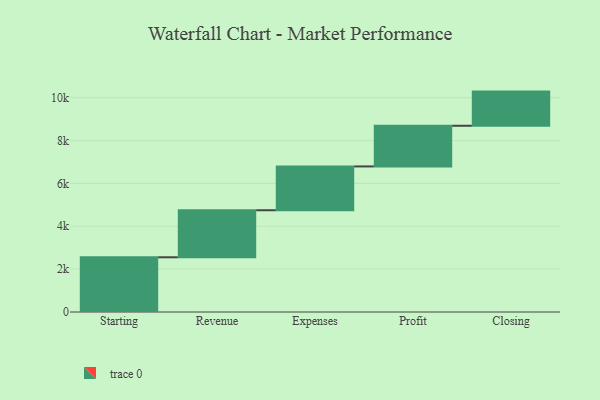
{"axis": {"x": "Step", "y": "Value"}, "legend": [""], "data": [{"x": "Starting", "y": 2553.0, "type": ""}, {"x": "Revenue", "y": 2195.0, "type": ""}, {"x": "Expenses", "y": 2045.0, "type": ""}, {"x": "Profit", "y": 1898.0, "type": ""}, {"x": "Closing", "y": 1594.0, "type": ""}]}